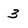
Character: 3